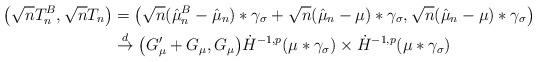
LaTeX: \begin{align*}\big(\sqrt{n}T_n^B,\sqrt{n}T_n\big) &= \big(\sqrt{n}(\hat{\mu}_n^B - \hat{\mu}_n)*\gamma_\sigma + \sqrt{n}(\hat{\mu}_n - \mu)*\gamma_\sigma, \sqrt{n}(\hat{\mu}_n - \mu)*\gamma_\sigma \big)\\&\stackrel{d}{\to} \big(G_{\mu}'+G_{\mu},G_\mu \big) \dot{H}^{-1,p}(\mu*\gamma_\sigma) \times \dot{H}^{-1,p}(\mu*\gamma_\sigma)\end{align*}